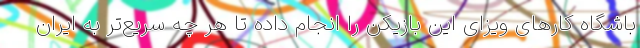
باشگاه کارهای ویزای این بازیکن را انجام داده تا هر چه سریع‌تر به ایران